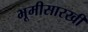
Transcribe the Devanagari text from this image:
भूमीसारखी